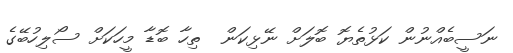
ނަސީބެއްނުން ކަޅުތެޔޮ ބޮލަށް ނޭޅިކަން  ތިހާ ބޮޑާ މީހަކަށް ސޯލިހުބޭގެ